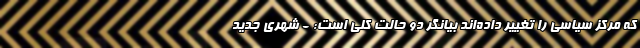
كه مركز سياسي را تغيير داده‌اند بیانگر دو حالت کلی است: - شهری جدید